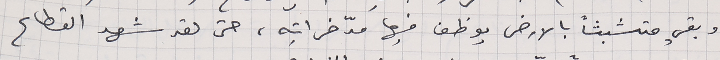
وبقي متشبثاً بالارض يوظف فيها مدّخراتِه، حتى لقد شهد القطاع